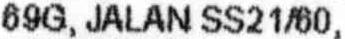
69G, JALAN SS21/60,